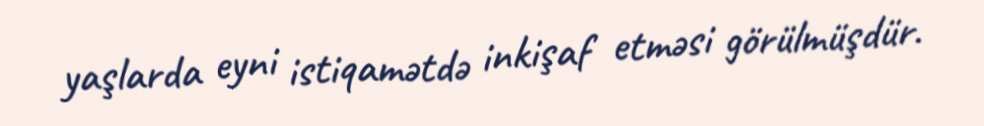
yaşlarda eyni istiqamətdə inkişaf etməsi görülmüşdür.